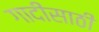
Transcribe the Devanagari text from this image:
गादीसाठी